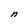
Character: n